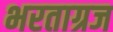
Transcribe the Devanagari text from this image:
भरताग्रज